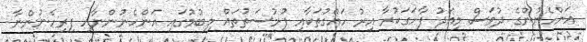
އަންހެނުންގެ ދުވަސް މިއަދު ފާހަގަކުރާ އިރު ހައްގުތަކާއި ފުރުސަތުތައް ލިބުމުގައި އަންހެނުންނާއި ފިރިހެނުންނާ